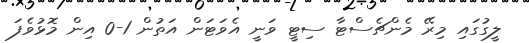
ލީގުގައި މިރޭ މެންޗެސްޓާ ސިޓީ ވަނީ އެވަޓަން އަތުން 1-0 އިން މޮޅުވެފަ